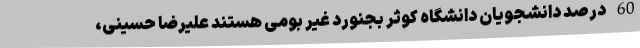
60 درصد دانشجویان دانشگاه کوثر بجنورد غیر بومی هستند علیرضا حسینی،